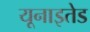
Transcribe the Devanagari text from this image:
यूनाइतेड